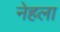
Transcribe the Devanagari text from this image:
नेहला